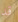
قد